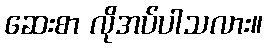
ဆေးစာ လိုအပ်ပါသလား။